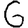
Digit: 6